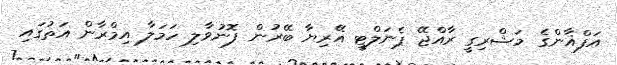
އަފްޣާންގެ މަޝްރިގީ ރާއްޖޭ ޕެނަލްޓީ އޭރިޔާ ބޭރުން ފޮނުވާލި ހަމަލާ އިމްރާން އަތުގައި